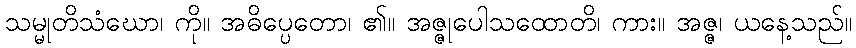
သမ္မုတိသံဃော၊ ကို။ အဓိပ္ပေတော၊ ၏။ အဇ္ဇုပေါသထောတိ၊ ကား။ အဇ္ဇ၊ ယနေ့သည်။